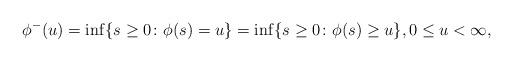
LaTeX: \begin{align*}\phi^-(u) = \inf \{{s}\geq 0 \colon \phi (s)= u\}=\inf \{{s}\geq 0 \colon \phi (s)\geq u\},0\leq u<\infty,\end{align*}